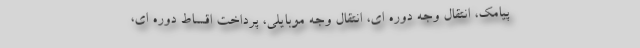
پیامک، انتقال وجه دوره ای، انتقال وجه موبایلی، پرداخت اقساط دوره ای،